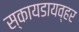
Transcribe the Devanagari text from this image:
स्कायडायव्हर